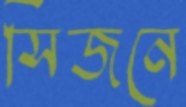
সিজনে